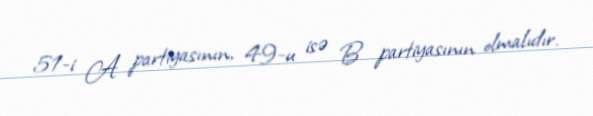
51-i A partiyasının, 49-u isə B partiyasının olmalıdır.